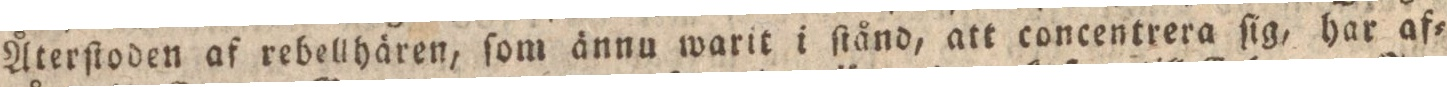
Återſtoden af rebellhären, ſom ännu warit i ſtånd, att concentrera ſig, har af=